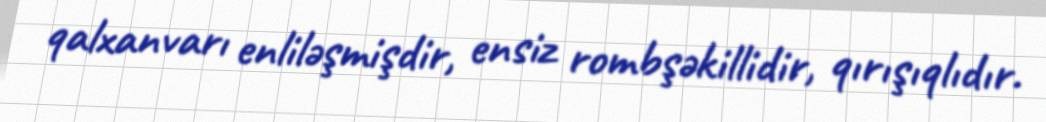
qalxanvarı enliləşmişdir, ensiz rombşəkillidir, qırışıqlıdır.